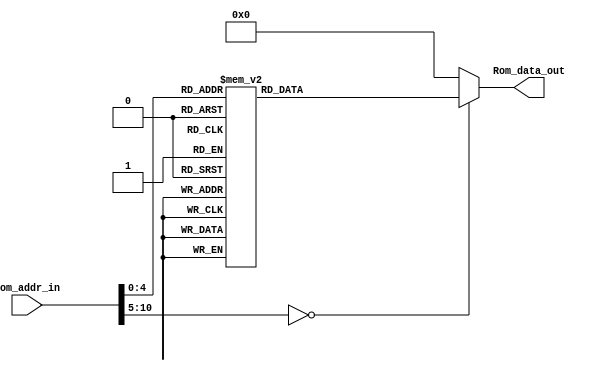
module Program_Rom(Rom_data_out, Rom_addr_in);

//---------
    output [13:0] Rom_data_out;
    input [10:0] Rom_addr_in; 
//---------
    
    reg   [13:0] data;
    wire  [13:0] Rom_data_out;
    
    always @(Rom_addr_in)
        begin
            case (Rom_addr_in)
                10'h0 : data = 14'h01A5;
                10'h1 : data = 14'h01A4;
                10'h2 : data = 14'h01A3;
                10'h3 : data = 14'h3005;
                10'h4 : data = 14'h00A5;
                10'h5 : data = 14'h3006;
                10'h6 : data = 14'h00A4;
                10'h7 : data = 14'h07A3;
                10'h8 : data = 14'h0BA5;
                10'h9 : data = 14'h33FD;
                10'ha : data = 14'h0823;
                10'hb : data = 14'h008D;
                10'hc : data = 14'h301E;
                10'hd : data = 14'h00A0;
                10'he : data = 14'h01A1;
                10'hf : data = 14'h01A2;
                10'h10 : data = 14'h0BA2;
                10'h11 : data = 14'h2810;
                10'h12 : data = 14'h0BA1;
                10'h13 : data = 14'h280F;
                10'h14 : data = 14'h0BA0;
                10'h15 : data = 14'h280F;
                10'h16 : data = 14'h0008;
                default: data = 14'h0;   
            endcase
        end

     assign Rom_data_out = data;

endmodule